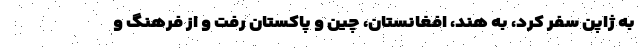
به ژاپن سفر کرد، به هند، افغانستان، چین و پاکستان رفت و از فرهنگ و